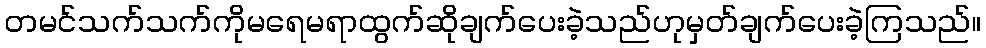
တမင်သက်သက်ကိုမရေမရာထွက်ဆိုချက်ပေးခဲ့သည်ဟုမှတ်ချက်ပေးခဲ့ကြသည်။